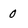
Character: 0